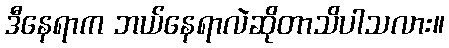
ဒီနေရာက ဘယ်နေရာလဲဆိုတာသိပါသလား။